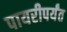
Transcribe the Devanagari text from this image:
पायरीपर्यंत